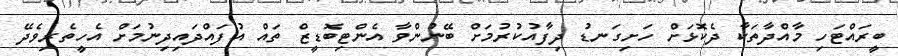
ބީރައްޓަހި މާއްދާތަކާ ދެކޮޅަށް ހަށިގަނޑު ދިފާއުކުރުމަށް ބޭނުންވާ އެންޓިބޮޑީޒް ތައް އުފައްދައިދިނުމަށް އެހީތެރިވެދޭ